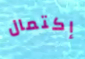
إكتمال